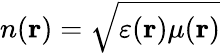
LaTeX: n(\mathbf{r})=\sqrt{\varepsilon(\mathbf{r})\mu(\mathbf{r})}